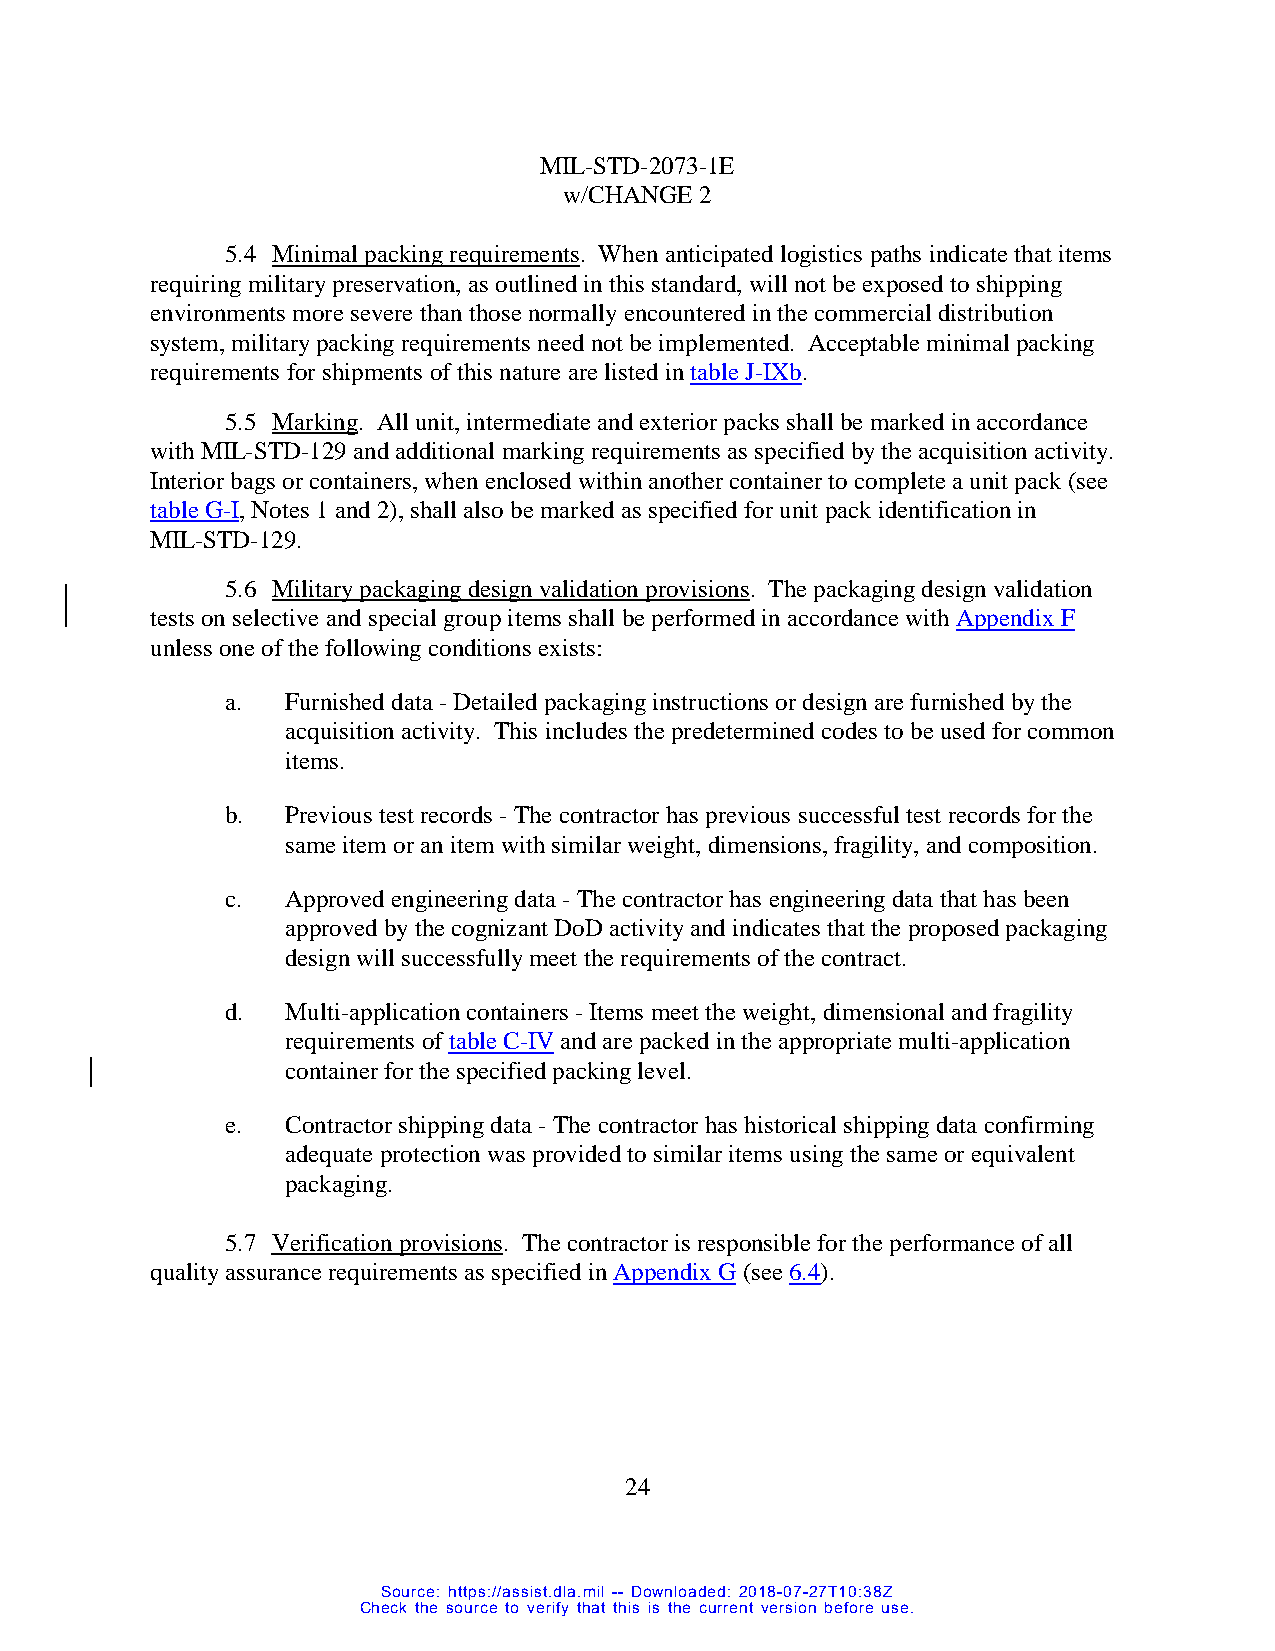
MIL-STD-2073-1E
 w/CHANGE 2
 5.4 Minimal packing requirements. When anticipated logistics paths indicate that items
 requiring military preservation, as outlined in this standard, will not be exposed to shipping
 environments more severe than those normally encountered in the commercial distribution
 system, military packing requirements need not be implemented. Acceptable minimal packing
 requirements for shipments of this nature are listed in table J-IXb.
 5.5 Marking. All unit, intermediate and exterior packs shall be marked in accordance
 with MIL-STD-129 and additional marking requirements as specified by the acquisition activity.
 Interior bags or containers, when enclosed within another container to complete a unit pack (see
 table G-I, Notes 1 and 2), shall also be marked as specified for unit pack identification in
 MIL-STD-129.
 5.6 Military packaging design validation provisions. The packaging design validation
 tests on selective and special group items shall be performed in accordance with Appendix F
 unless one of the following conditions exists:
 a.  Furnished data - Detailed packaging instructions or design are furnished by the
 acquisition activity. This includes the predetermined codes to be used for common
 items.
 b.  Previous test records - The contractor has previous successful test records for the
 same item or an item with similar weight, dimensions, fragility, and composition.
 c.  Approved engineering data - The contractor has engineering data that has been
 approved by the cognizant DoD activity and indicates that the proposed packaging
 design will successfully meet the requirements of the contract.
 d.  Multi-application containers - Items meet the weight, dimensional and fragility
 requirements of table C-IV and are packed in the appropriate multi-application
 container for the specified packing level.
 e.  Contractor shipping data - The contractor has historical shipping data confirming
 adequate protection was provided to similar items using the same or equivalent
 packaging.
 5.7 Verification provisions. The contractor is responsible for the performance of all
 quality assurance requirements as specified in Appendix G (see 6.4).
 24
 Source: https://assist.dla.mil -- Downloaded: 2018-07-27T10:38Z
 Check the source to verify that this is the current version before use.